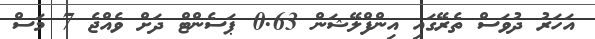
އަހަރު ދުވަސް ތެރޭގައި އިންފްލޭޝަން 0.63 ޕަސެންޓް ދަށް ވެއްޖެ 7 މަސް